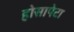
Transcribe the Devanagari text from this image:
होसापेटा